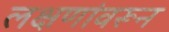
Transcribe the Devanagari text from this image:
लक्षणांवरून